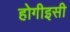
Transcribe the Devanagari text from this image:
होगीइसी